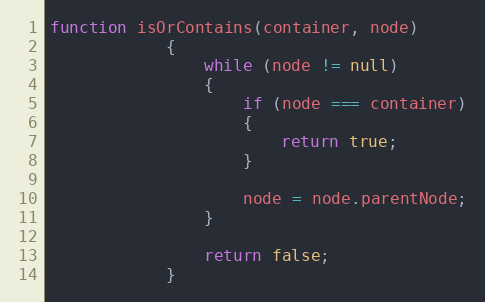
Language: JavaScript
function isOrContains(container, node)
			{
			    while (node != null)
			    {
			        if (node === container)
			        {
			            return true;
			        }

			        node = node.parentNode;
			    }

			    return false;
			}